Civil Veterinary Dept. Assam report 1911-1927 - 1911-1927
Year: 1911
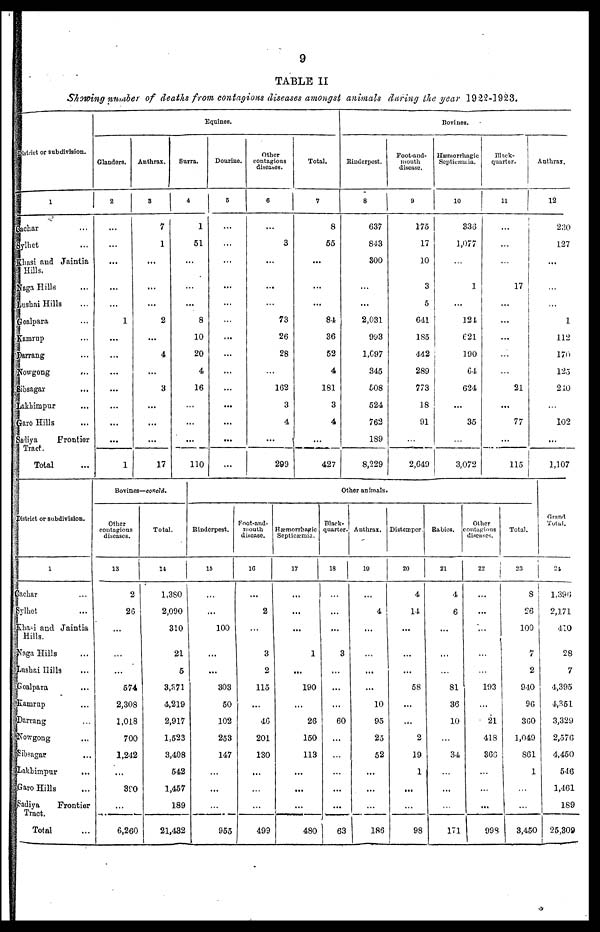
9
TABLE II
Showing number of deaths from contagious diseases amongst animals during the year 19 22-1923.
District or subdivision.
1
Silchar ...
Sylhet ...
Khasi and Jaintia
Hills.
Naga Hills ...
Lushai Hills ...
Goalpara ...
Kamrup ...
Darrang ...
Nowgong ...
Sibsagar ...
Lakhimpur ...
Garo Hills ...
Sadiya Frontier
Tract
Total ...
Equines.
Glanders.
2
...
...
...
...
...
1
...
...
...
...
...
1
Anthrax.
3
7
1
...
...
...
2
...
4
...
3
...
...
...
17
Surra.
4
1
51
...
...
...
8
10
20
4
16
...
...
...
110
Dourine.
5
...
...
...
...
...
...
...
...
...
...
...
...
...
...
Other
contagious
diseases.
6
...
3
...
...
...
73
26
28
...
162
3
4
...
299
Total.
7
8
55
...
...
...
84
36
52
4
181
3
4
...
427
Bovines.
Rinderpest.
8
637
843
300
...
...
2,031
993
1,697
345
608
524
762
189
8,229
Foot-and-
mouth
disease.
9
175
17
10
3
5
641
185
442
289
773
18
91
...
2,649
Hæmorrhagic
Septicæmia.
10
336
1,077
...
1
...
124
621
190
64
624
...
35
...
3,072
Black-
quarter.
11
...
...
...
17
...
...
...
...
...
21
...
77
...
115
Anthrax.
12
230
127
...
...
...
1
112
170
125
210
...
102
...
1,107
District or subdivision.
1
achar ...
Sylhet ...
Khasi and Jaintia
Hills.
Naga Hills ...
Lushai Hills ...
Goalpara ...
Kamrup ...
Darrang ...
Nowgong ...
Sibsagar ...
Lakhimpur
...
Garo Hills ...
Sadiya
Frontier
Tract.
Total ...
Bovines—concld.
Other
contagious
diseases.
13
2
26
...
...
...
574
2,308
1,018
700
1,242
...
390
...
6,260
Total.
14
1,380
2,090
310
21
5
3,371
4,219
2,917
1,523
3,408
542
1,457
189
21,432
Other animals.
Rinderpest.
15
...
...
100
...
...
303
50
102
253
147
...
...
...
955
Foot-and-
mouth
disease.
16
...
2
...
3
2
115
...
46
201
130
...
...
...
499
Hæmorrhagic
Septicæmia.
17
...
...
...
1
...
190
...
26
150
113
...
...
...
480
Black-
quarter.
18
...
...
...
3
...
...
...
60
...
...
...
...
...
63
Anthrax.
10
...
4
...
...
...
...
10
95
25
52
...
...
...
186
Distemper
20
4
14
...
...
...
58
...
...
2
19
1
...
...
98
Babies.
21
4
6
...
...
...
81
36
10
...
34
...
...
...
171
Other
contagious
diseases.
22
...
...
...
...
...
193
...
21
418
366
...
...
...
998
Total.
23
8
26
100
7
2
940
96
360
1,049
861
1
...
...
3,450
Grand
Total.
24
1,396
2,171
410
28
7
4,395
4,351
3,329
2,576
4,450
546
1,461
189
25,309